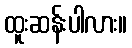
ထူးဆန်းပါလား။